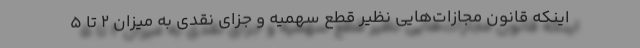
اینکه قانون مجازات‌هایی نظیر قطع سهمیه و جزای نقدی به میزان ۲ تا ۵